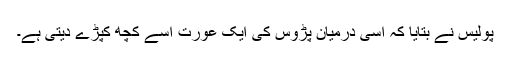
پولیس نے بتایا کہ اسی درمیان پڑوس کی ایک عورت اسے کچھ کپڑے دیتی ہے۔